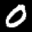
Label: 0